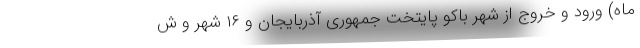
ماه) ورود و خروج از شهر باکو پایتخت جمهوری آذربایجان و ۱۶ شهر و ش